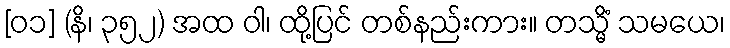
[၀၁] (နိ၊ ၃၅၂) အထ ဝါ၊ ထို့ပြင် တစ်နည်းကား။ တသ္မိံ သမယေ၊